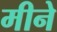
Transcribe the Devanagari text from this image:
मीने